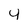
Character: 4